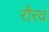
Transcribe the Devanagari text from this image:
रौरवं